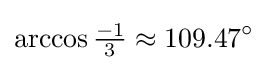
\arccos {\tfrac {-1}{3}}\approx 109.47^{\circ }